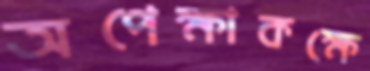
অপেক্ষাকক্ষে